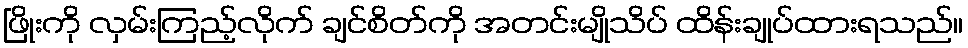
ဖြိုးကို လှမ်းကြည့်လိုက် ချင်စိတ်ကို အတင်းမျိုသိပ် ထိန်းချုပ်ထားရသည်။